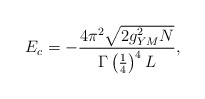
\begin{align*}E_c = -\frac{4\pi^2 \sqrt{2g_{YM}^2 N}}{\Gamma\left( \frac{1}{4}\right)^4 L},\end{align*}